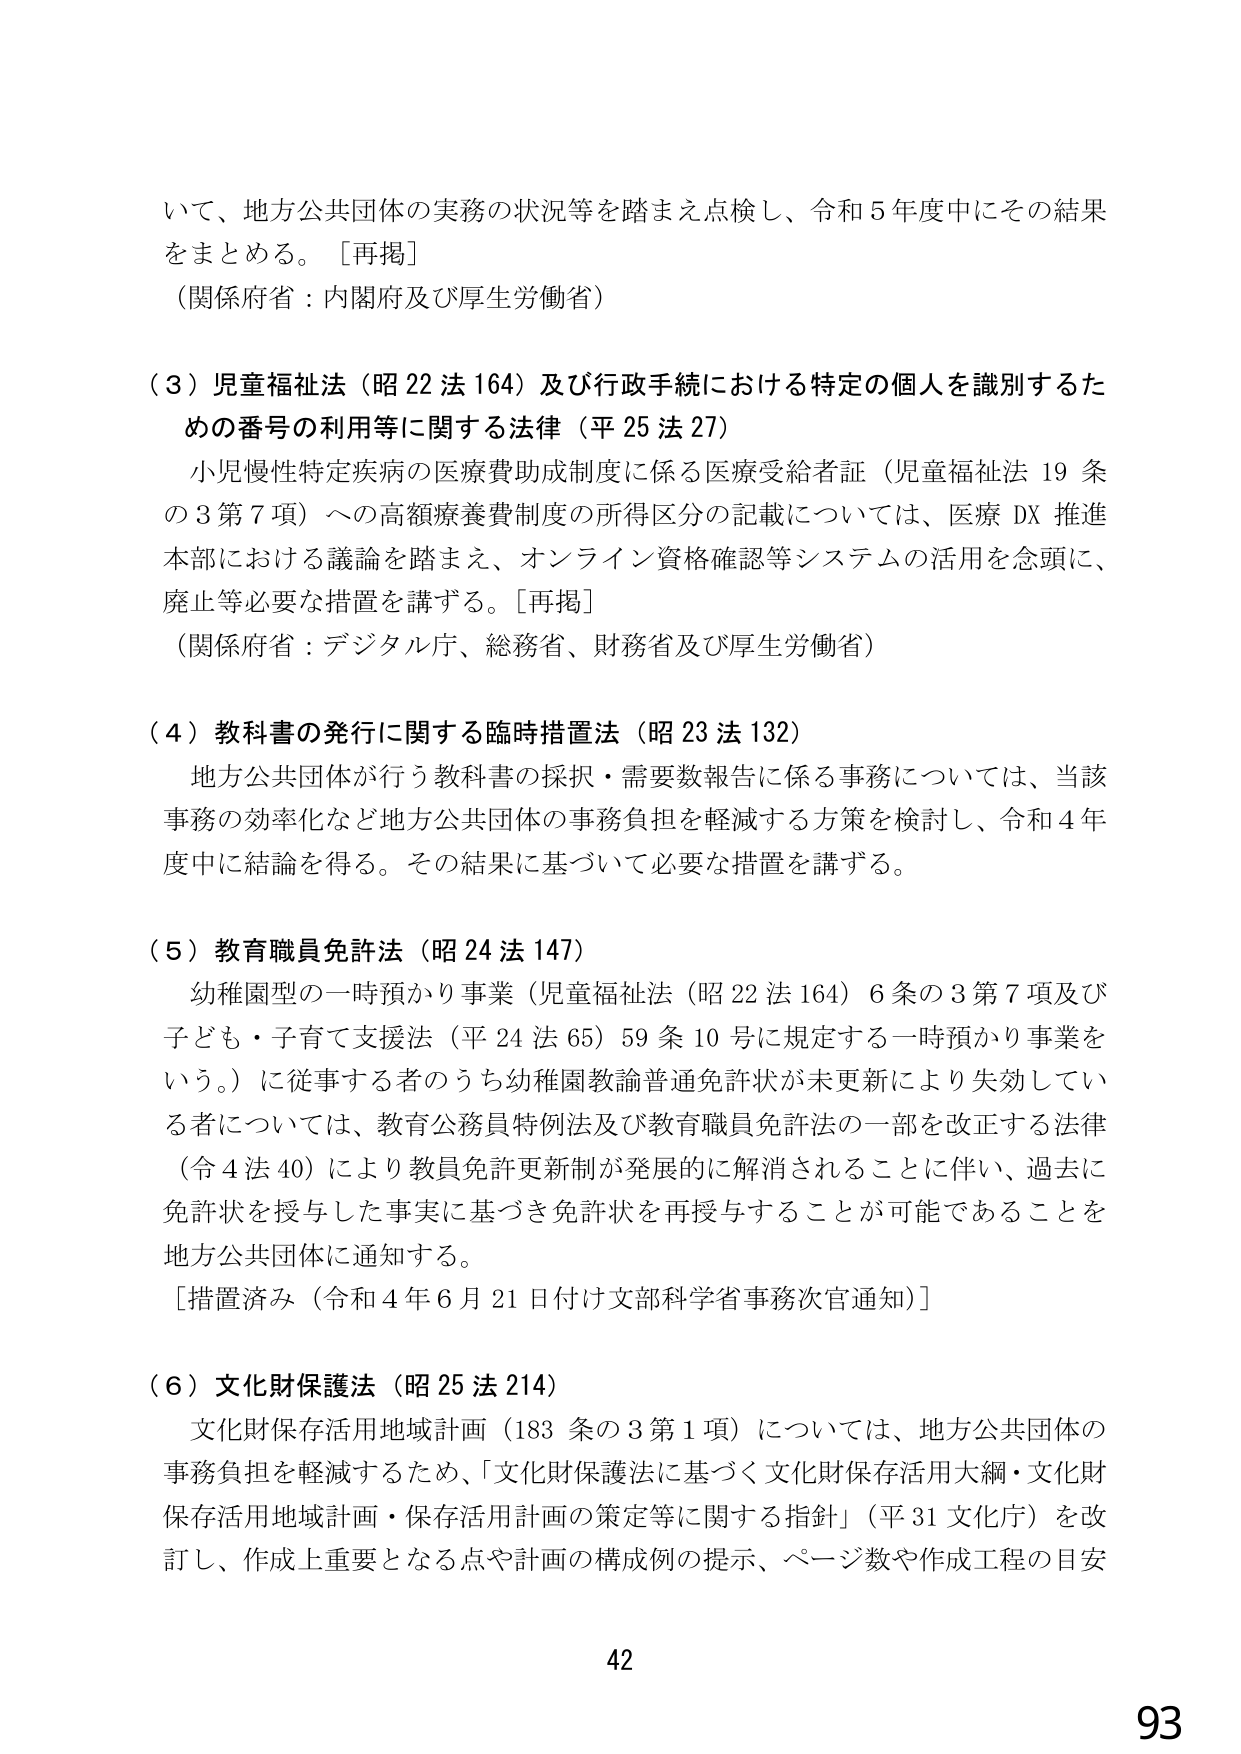
いて、地方公共団体の実務の状況等を踏まえ点検し、令和５年度中にその結果をまとめる。［再掲］
（関係府省：内閣府及び厚生労働省）

（３）児童福祉法（昭22法164）及び行政手続における特定の個人を識別するための番号の利用等に関する法律（平25法27）
　小児慢性特定疾病の医療費助成制度に係る医療受給者証（児童福祉法19条の3第7項）への高額療養費制度の所得区分の記載については、医療DX推進本部における議論を踏まえ、オンライン資格確認等システムの活用を念頭に、廃止等必要な措置を講ずる。［再掲］
（関係府省：デジタル庁、総務省、財務省及び厚生労働省）

（４）教科書の発行に関する臨時措置法（昭23法132）
　地方公共団体が行う教科書の採択・需要数報告に係る事務については、当該事務の効率化など地方公共団体の事務負担を軽減する方策を検討し、令和４年度中に結論を得る。その結果に基づいて必要な措置を講ずる。

（５）教育職員免許法（昭24法147）
　幼稚園型の一時預かり事業（児童福祉法（昭22法164）6条の3第7項及び子ども・子育て支援法（平24法65）59条10号に規定する一時預かり事業をいう。）に従事する者のうち幼稚園教諭普通免許状が未更新により失効している者については、教育公務員特例法及び教育職員免許法の一部を改正する法律（令4法40）により教員免許更新制が発展的に解消されることに伴い、過去に免許状を授与した事実に基づき免許状を再授与することが可能であることを地方公共団体に通知する。
［措置済み（令和４年６月21日付け文部科学省事務次官通知）］

（６）文化財保護法（昭25法214）
　文化財保存活用地域計画（183条の3第1項）については、地方公共団体の事務負担を軽減するため、「文化財保護法に基づく文化財保存活用大綱・文化財保存活用地域計画・保存活用計画の策定等に関する指針」（平31文化庁）を改訂し、作成上重要となる点や計画の構成例の提示、ページ数や作成工程の目安

42
93